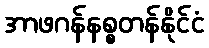
အာဖဂန်နစ္စတန်နိုင်ငံ